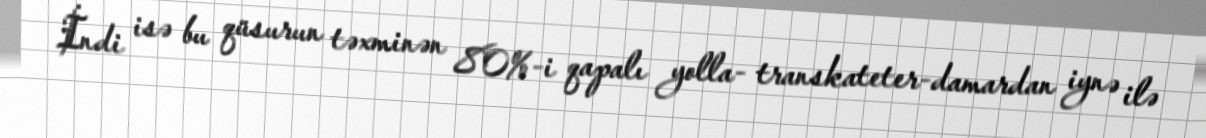
İndi isə bu qüsurun təxminən 80%-i qapalı yolla- transkateter-damardan iynə ilə